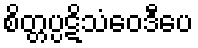
စိတ္တပ္ပဋိသံဝေဒီပေ